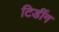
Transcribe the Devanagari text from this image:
टिडींग